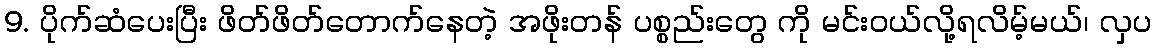
9. ပိုက်ဆံပေးပြီး ဖိတ်ဖိတ်တောက်နေတဲ့ အဖိုးတန် ပစ္စည်းတွေ ကို မင်းဝယ်လို့ရလိမ့်မယ်၊ လှပ